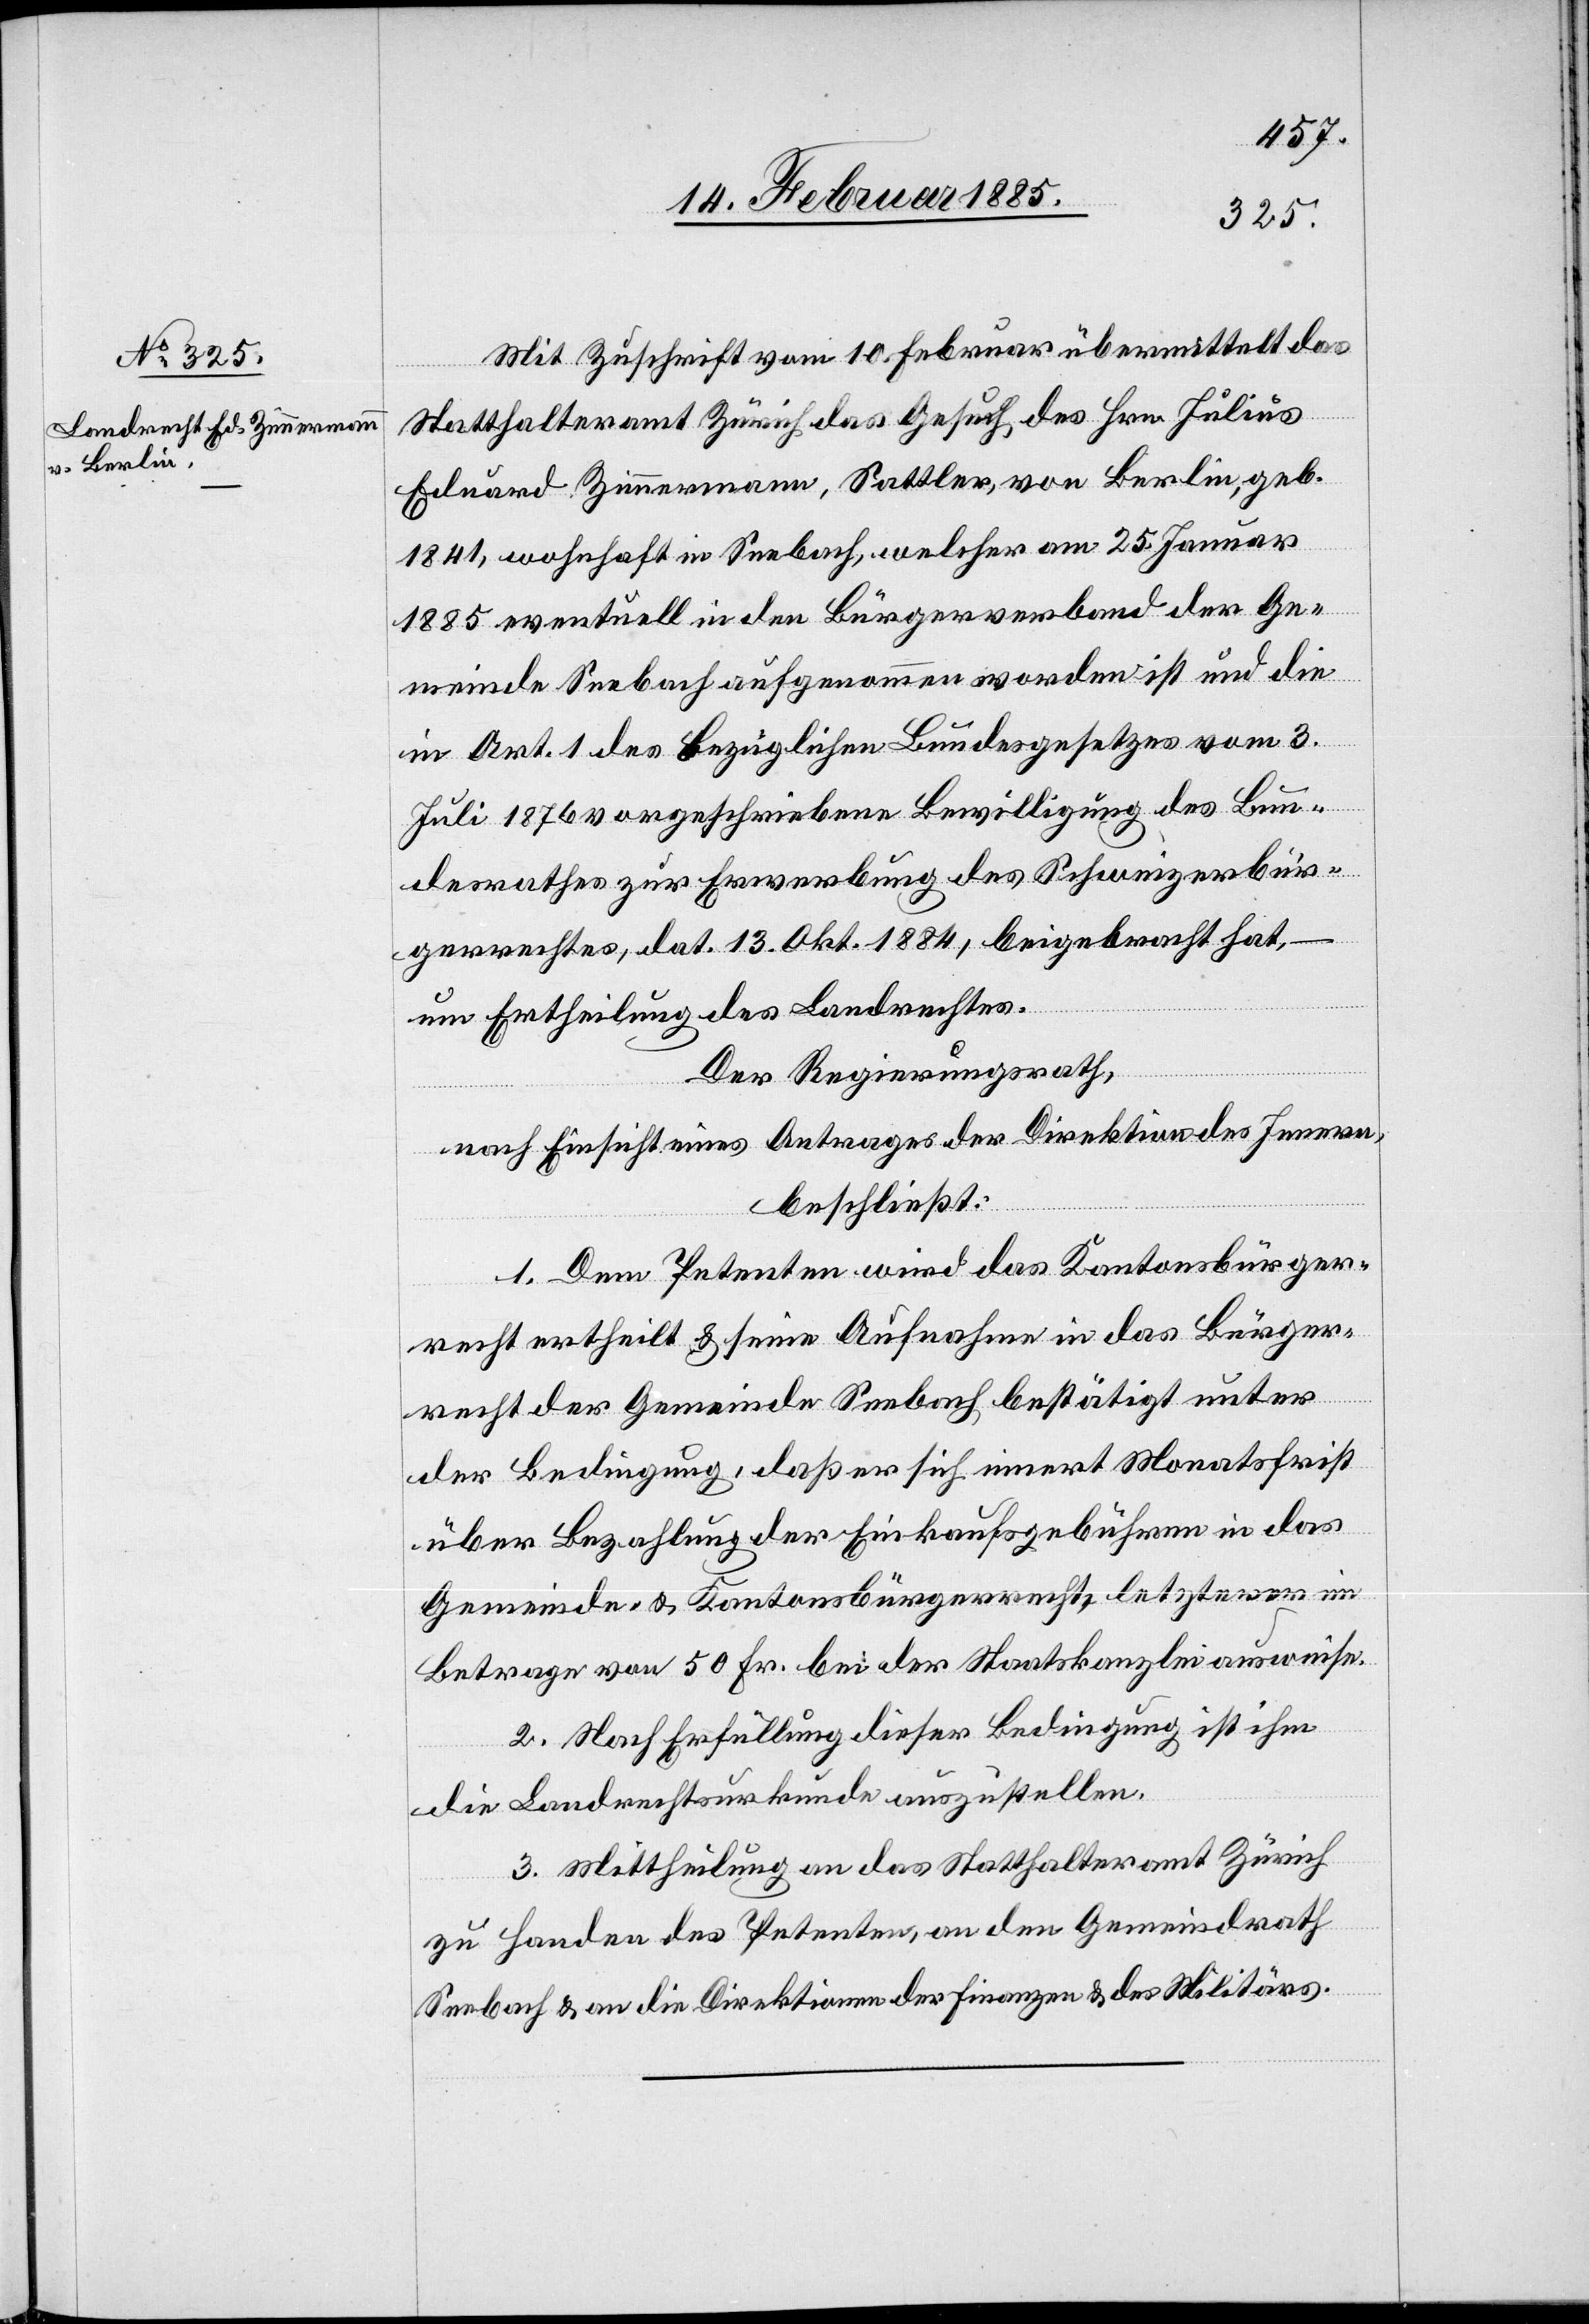
Mit Zuschrift vom 10. Februar übermittelt das
Statthalteramt Zürich das Gesuch des Hrn. Julius
Eduard Zimmermann, Sattler, von Berlin, geb.
1841, wohnhaft in Seebach, welcher am 25. Januar
1885 eventuell in den Bürgerverband der Ge¬
meinde Seebach aufgenommen worden ist und die
in Art. 1 des bezüglichen Bundesgesetzes vom 3.
Juli 1876 vorgeschriebene Bewilligung des Bun¬
desrathes zur Erwerbung des Schweizerbür¬
gerrechtes, dat. 13. Okt. 1884, beigebracht hat, –
um Ertheilung des Landrechts.
Der Regierungsrath,
nach Einsicht eines Antrages der Direktion des Innern,
beschließt:
1. Dem Petenten wird das Kantonsbürger¬
recht ertheilt & seine Aufnahme in das Bürger¬
recht der Gemeinde Seebach bestätigt unter
der Bedingung, daß er sich innert Monatsfrist
über Bezahlung der Einkaufsgebühren in das
Gemeinde- & Kantonsbürgerrecht, letzterer im
Betrage von 50 Fr. bei der Staatskanzlei ausweise.
2. Nach Erfüllung dieser Bedingung ist ihm
die Landrechtsurkunde auszustellen.
3. Mittheilung an das Statthalteramt Zürich
zu Handen des Petenten, an den Gemeindrath
Seebach & an die Direktionen der Finanzen & des Militärs.